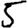
Digit: 5